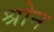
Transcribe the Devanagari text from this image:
श्रोन